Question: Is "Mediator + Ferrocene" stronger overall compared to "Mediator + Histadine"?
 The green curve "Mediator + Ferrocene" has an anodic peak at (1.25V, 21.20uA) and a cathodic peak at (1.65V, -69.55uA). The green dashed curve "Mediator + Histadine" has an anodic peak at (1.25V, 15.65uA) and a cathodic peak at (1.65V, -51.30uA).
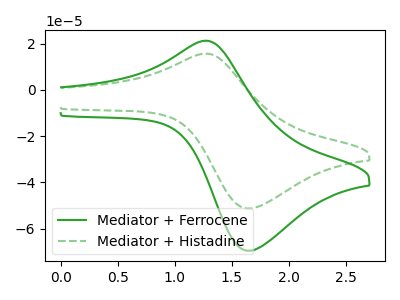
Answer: <think>All the peaks in "Mediator + Ferrocene" have a peak in "Mediator + Histadine" at the same potential. Every peak in "Mediator + Ferrocene" is higher than every peak in "Mediator + Histadine".
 </think>
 <answer>"Mediator + Ferrocene" has more signal than "Mediator + Histadine".</answer>
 <eval>more_signal</eval>